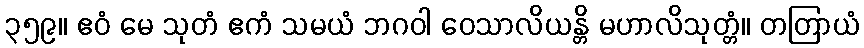
၃၅၉။ ဧဝံ မေ သုတံ ဧကံ သမယံ ဘဂဝါ ဝေသာလိယန္တိ မဟာလိသုတ္တံ။ တတြာယံ